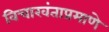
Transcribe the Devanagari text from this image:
विचारवंताप्रमाणे